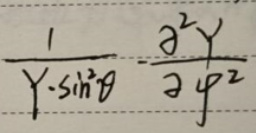
\[
\frac{1}{Y\cdot\sin^{2}\theta}\cdot\frac{\partial^{2}Y}{\partial\varphi^{2}}
\]